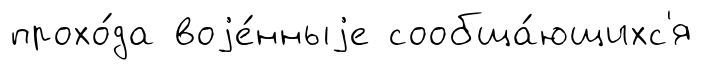
прохо́да воjе́нныjе сообща́ющихс'я